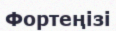
Фортеңізі